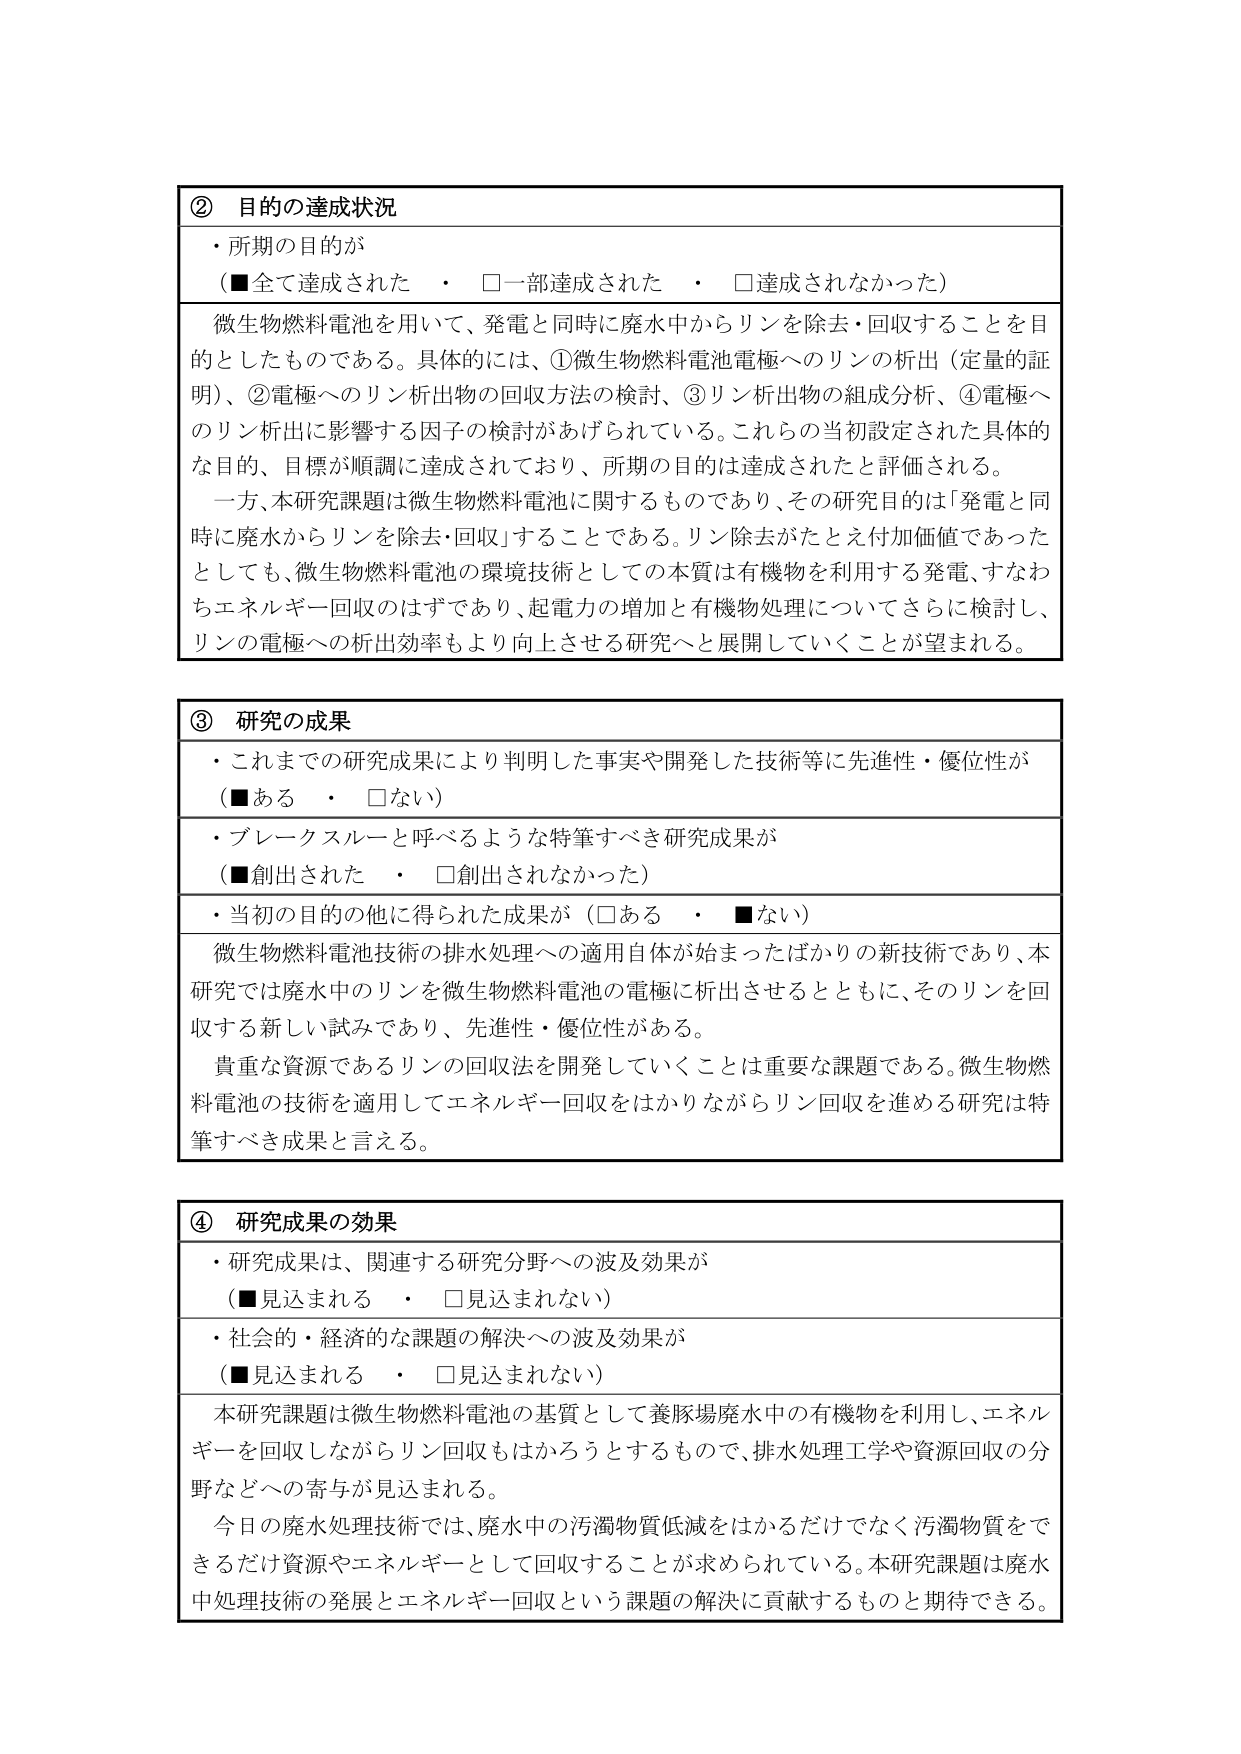
② 目的の達成状況
・所期の目的が
（■全て達成された　・　□一部達成された　・　□達成されなかった）

微生物燃料電池を用いて、発電と同時に廃水中からリンを除去・回収することを目的としたものである。具体的には、①微生物燃料電池電極へのリンの析出（定量的証明）、②電極へのリン析出物の回収方法の検討、③リン析出物の組成分析、④電極へのリン析出に影響する因子の検討があげられている。これらの当初設定された具体的な目的、目標が順調に達成されており、所期の目的は達成されたと評価される。

一方、本研究課題は微生物燃料電池に関するものであり、その研究目的は「発電と同時に廃水からリンを除去・回収」することである。リン除去がたとえ付加価値であったとしても、微生物燃料電池の環境技術としての本質は有機物を利用する発電、すなわちエネルギー回収のはずであり、起電力の増加と有機物処理についてさらに検討し、リンの電極への析出効率もより向上させる研究へと展開していくことが望まれる。

③ 研究の成果
・これまでの研究成果により判明した事実や開発した技術等に先進性・優位性が
（■ある　・　□ない）

・ブレークスルーと呼べるような特筆すべき研究成果が
（■創出された　・　□創出されなかった）

・当初の目的の他に得られた成果が（□ある　・　■ない）

微生物燃料電池技術の排水処理への適用自体が始まったばかりの新技術であり、本研究では廃水中のリンを微生物燃料電池の電極に析出させるとともに、そのリンを回収する新しい試みであり、先進性・優位性がある。

貴重な資源であるリンの回収法を開発していくことは重要な課題である。微生物燃料電池の技術を適用してエネルギー回収をはかりながらリン回収を進める研究は特筆すべき成果と言える。

④ 研究成果の効果
・研究成果は、関連する研究分野への波及効果が
（■見込まれる　・　□見込まれない）

・社会的・経済的な課題の解決への波及効果が
（■見込まれる　・　□見込まれない）

本研究課題は微生物燃料電池の基質として養豚場廃水中の有機物を利用し、エネルギーを回収しながらリン回収もはかろうとするもので、排水処理工学や資源回収の分野などへの寄与が見込まれる。

今日の廃水処理技術では、廃水中の汚濁物質低減をはかるだけでなく汚濁物質をできるだけ資源やエネルギーとして回収することが求められている。本研究課題は廃水中処理技術の発展とエネルギー回収という課題の解決に貢献するものと期待できる。